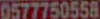
0577750558